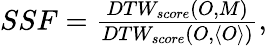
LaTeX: \begin{array}{r}{SSF=\frac{DTW_{score}(O,M)}{DTW_{score}({O,\langle O\rangle})},}\end{array}